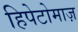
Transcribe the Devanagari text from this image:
हिपेटोमाज़